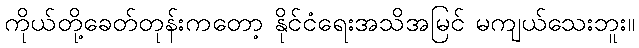
ကိုယ်တို့ခေတ်တုန်းကတော့ နိုင်ငံရေးအသိအမြင် မကျယ်သေးဘူး။